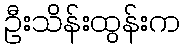
ဦးသိန်းထွန်းက